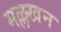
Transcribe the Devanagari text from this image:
मल्लखन